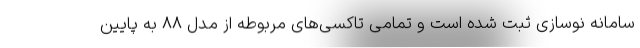
سامانه نوسازی ثبت شده است و تمامی تاکسی‌های مربوطه از مدل ۸۸ به پایین